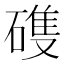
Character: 𮀺